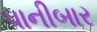
પાનીબાર